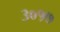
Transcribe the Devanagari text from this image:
३०१७